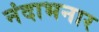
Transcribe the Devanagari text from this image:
नंदाभनार